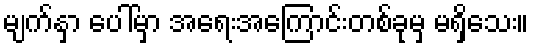
မျက်နှာ ပေါ်မှာ အရေးအကြောင်းတစ်ခုမှ မရှိသေး။